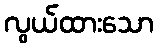
လွယ်ထားသော